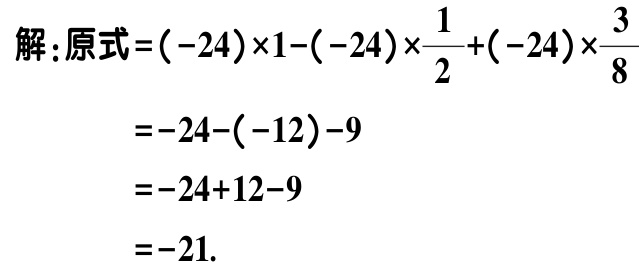
解：原式\(=(-24)\times1 - (-24)\times\frac{1}{2} + (-24)\times\frac{3}{8}\)
\(=-24 - (-12) - 9\)
\(=-24 + 12 - 9\)
\(=-21\).